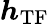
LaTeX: \boldsymbol{h}_{\mathrm{TF}}